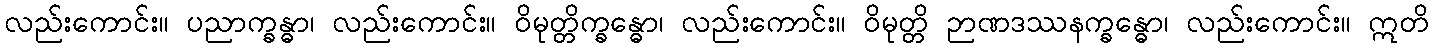
လည်းကောင်း။ ပညာက္ခန္ဓာ၊ လည်းကောင်း။ ဝိမုတ္တိက္ခန္ဓော၊ လည်းကောင်း။ ဝိမုတ္တိ ဉာဏဒဿနက္ခန္ဓော၊ လည်းကောင်း။ ဣတိ